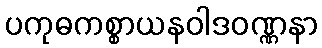
ပကုဓကစ္စာယနဝါဒဝဏ္ဏနာ